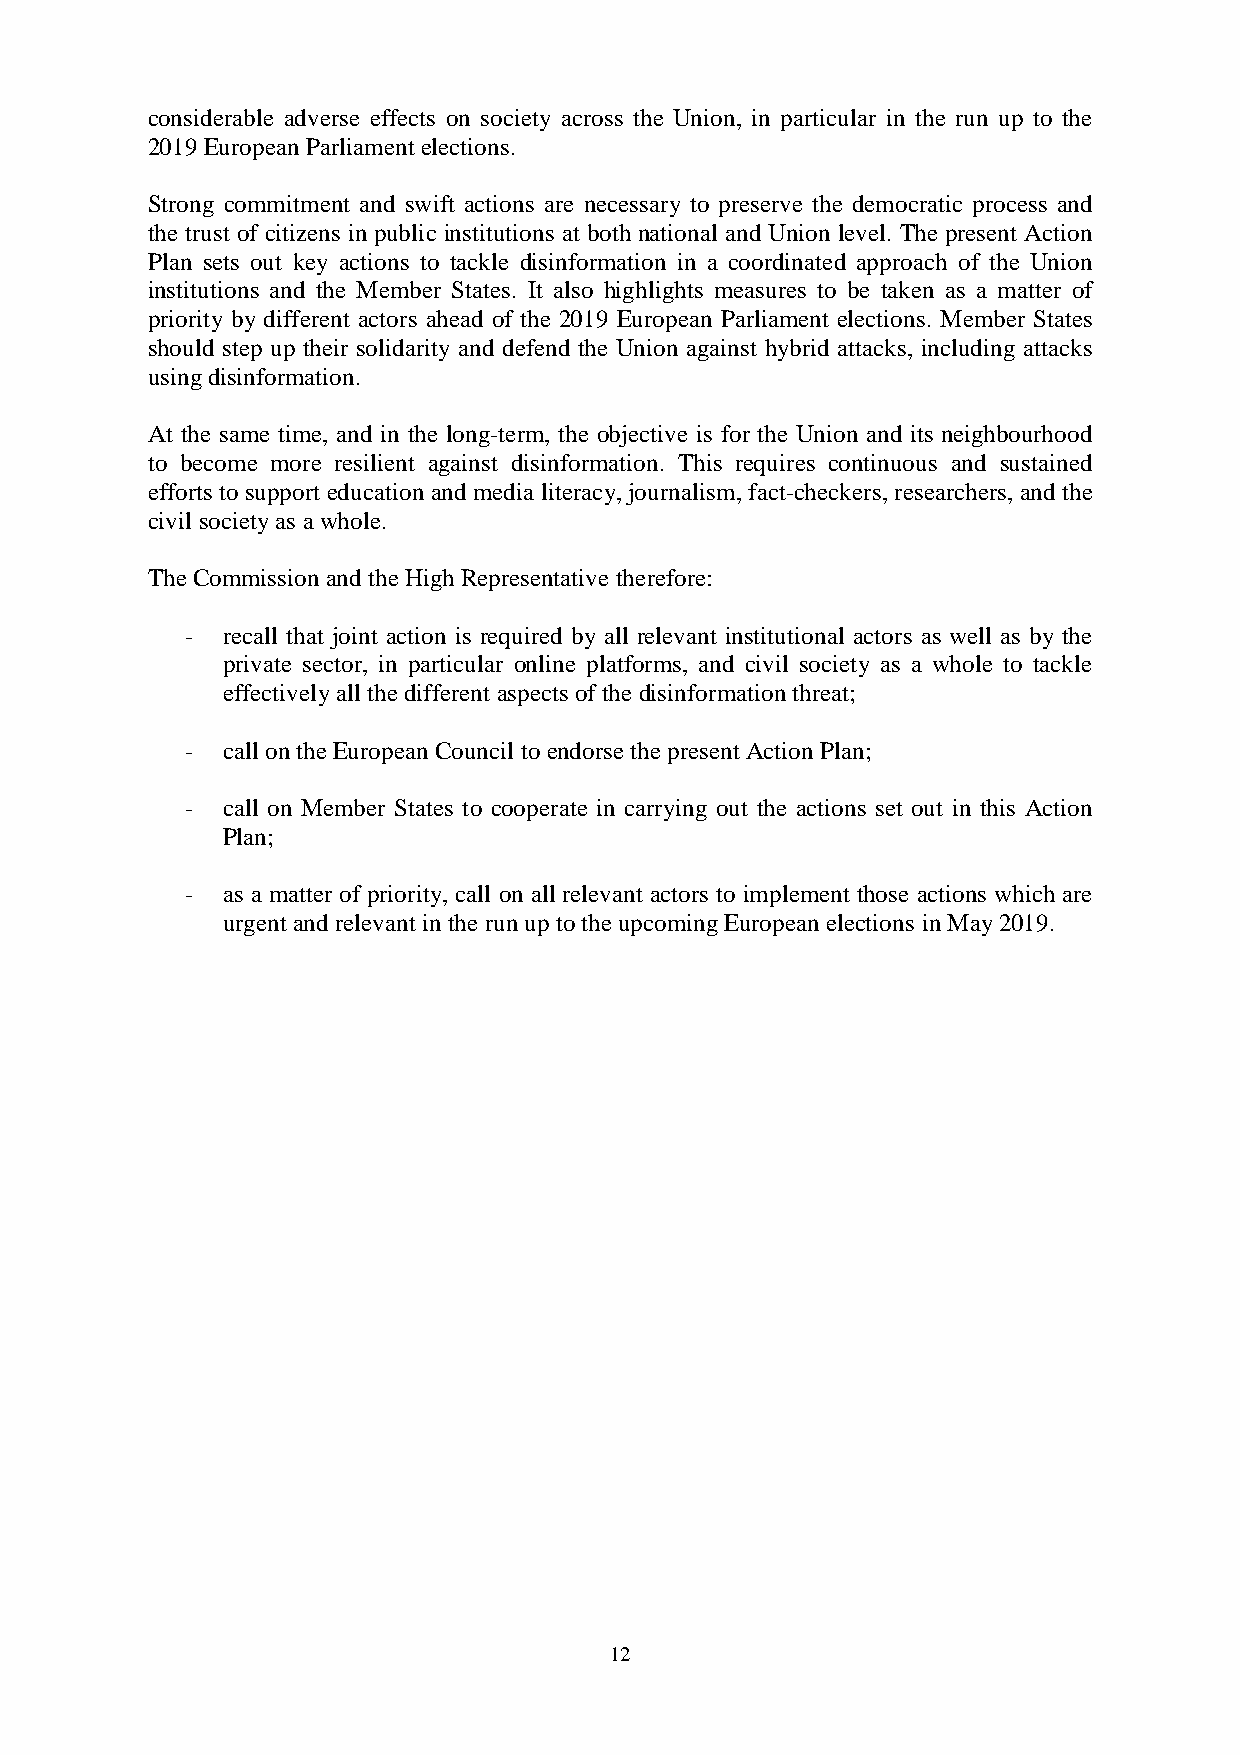
considerable adverse effects on society across the Union, in particular in the run up to the
 2019 European Parliament elections.
 Strong commitment and swift actions are necessary to preserve the democratic process and
 the trust of citizens in public institutions at both national and Union level. The present Action
 Plan sets out key actions to tackle disinformation in a coordinated approach of the Union
 institutions and the Member States. It also highlights measures to be taken as a matter of
 priority by different actors ahead of the 2019 European Parliament elections. Member States
 should step up their solidarity and defend the Union against hybrid attacks, including attacks
 using disinformation.
 At the same time, and in the long-term, the objective is for the Union and its neighbourhood
 to become more resilient against disinformation. This requires continuous and sustained
 efforts to support education and media literacy, journalism, fact-checkers, researchers, and the
 civil society as a whole.
 The Commission and the High Representative therefore:
 -  recall that joint action is required by all relevant institutional actors as well as by the
 private sector, in particular online platforms, and civil society as a whole to tackle
 effectively all the different aspects of the disinformation threat;
 -  call on the European Council to endorse the present Action Plan;
 -  call on Member States to cooperate in carrying out the actions set out in this Action
 Plan;
 -  as a matter of priority, call on all relevant actors to implement those actions which are
 urgent and relevant in the run up to the upcoming European elections in May 2019.
 12